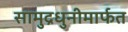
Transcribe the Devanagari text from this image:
सामुद्रधुनीमार्फत